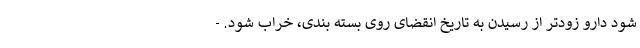
شود دارو زودتر از رسیدن به تاریخ انقضای روی بسته بندی، خراب شود. -